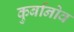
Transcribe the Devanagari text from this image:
कुर्बानोव